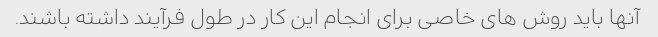
آنها باید روش های خاصی برای انجام این کار در طول فرآیند داشته باشند.